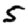
Digit: 5